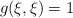
\begin{align*}g(\xi , \xi )=1\end{align*}